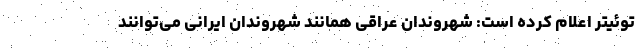
توئیتر اعلام کرده است: شهروندان عراقی همانند شهروندان ایرانی می‌توانند